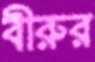
বীরুর